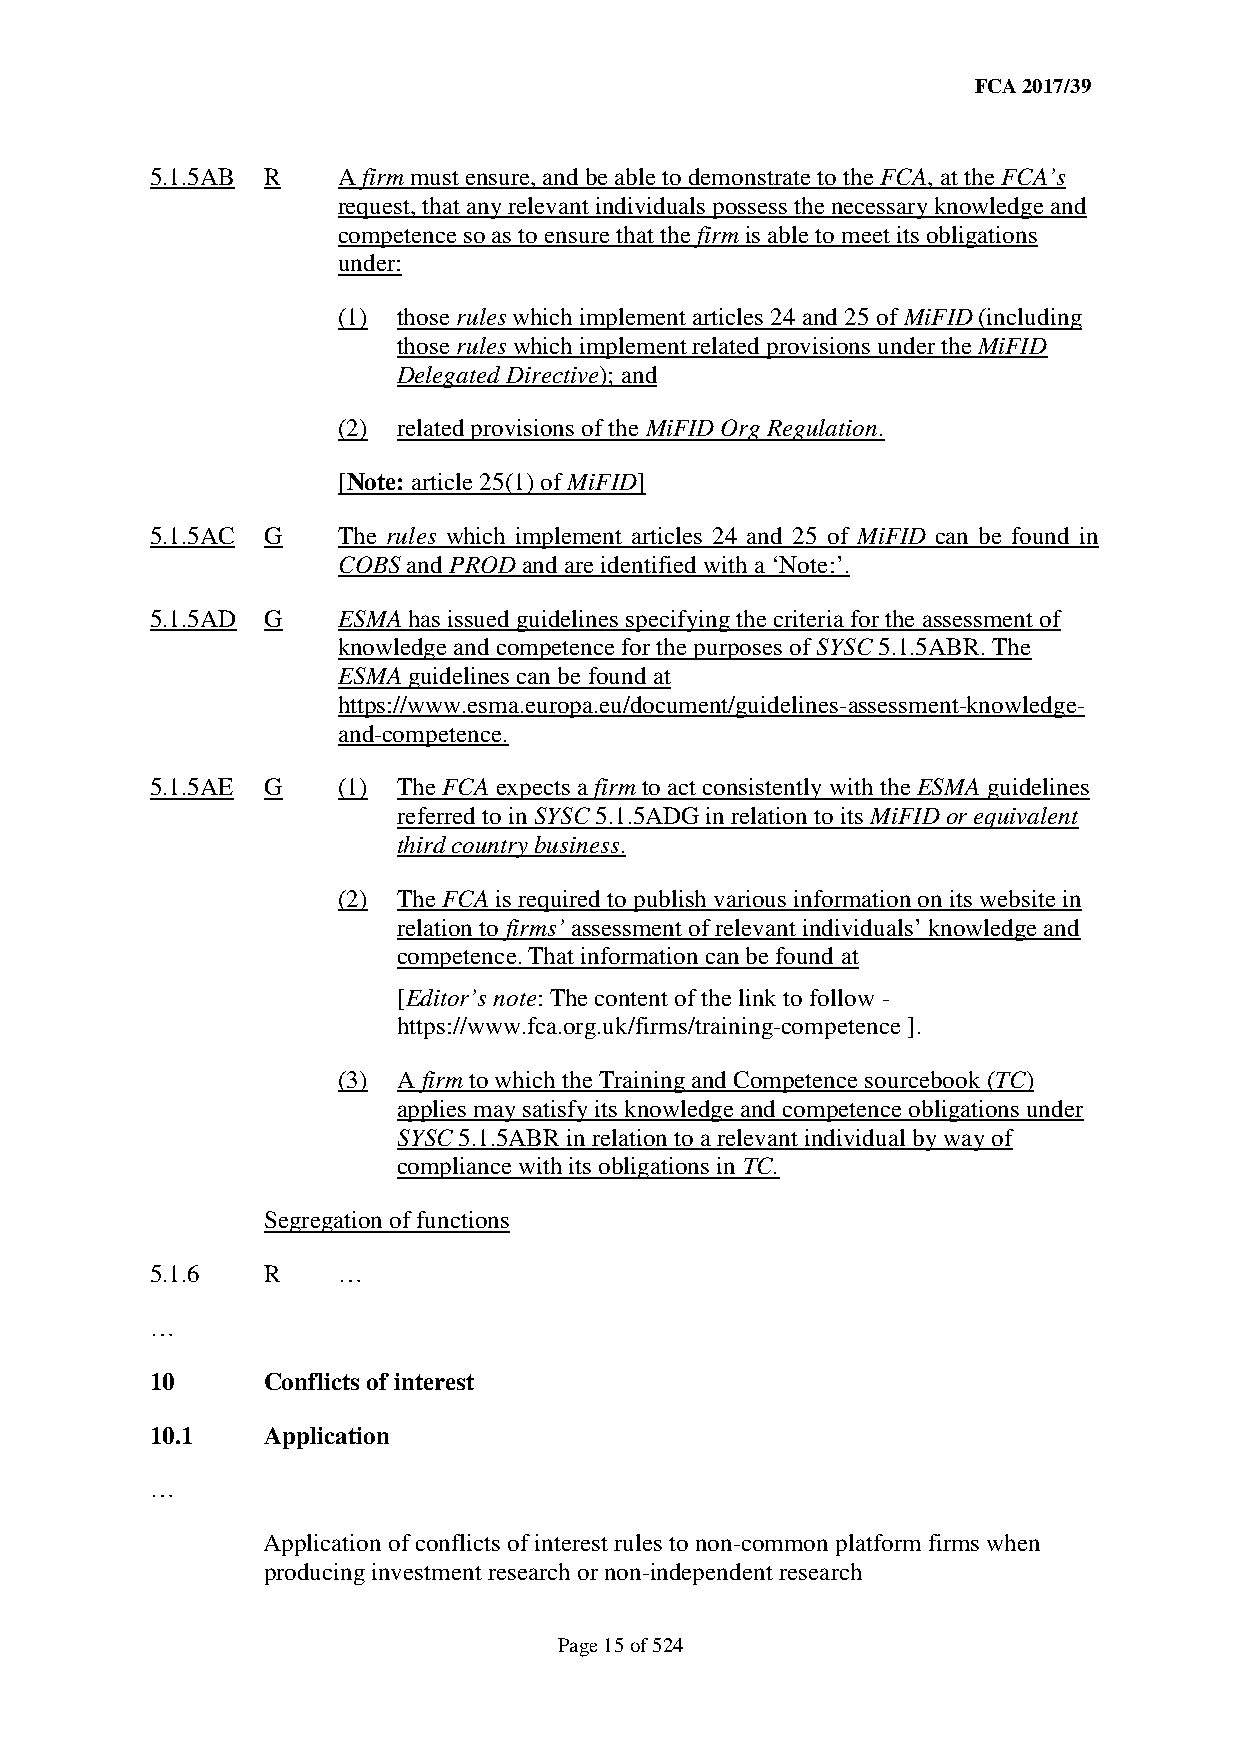
FCA 2017/39
 5.1.5AB R   A firm must ensure, and be able to demonstrate to the FCA, at the FCA’s
 request, that any relevant individuals possess the necessary knowledge and
 competence so as to ensure that the firm is able to meet its obligations
 under:
 (1) those rules which implement articles 24 and 25 of MiFID (including
 those rules which implement related provisions under the MiFID
 Delegated Directive); and
 (2) related provisions of the MiFID Org Regulation.
 [Note: article 25(1) of MiFID]
 5.1.5AC G   The rules which implement articles 24 and 25 of MiFID can be found in
 COBS and PROD and are identified with a ‘Note:’.
 5.1.5AD G   ESMA has issued guidelines specifying the criteria for the assessment of
 knowledge and competence for the purposes of SYSC 5.1.5ABR. The
 ESMA guidelines can be found at
 https://www.esma.europa.eu/document/guidelines-assessment-knowledge-
 and-competence.
 5.1.5AE G   (1) The FCA expects a firm to act consistently with the ESMA guidelines
 referred to in SYSC 5.1.5ADG in relation to its MiFID or equivalent
 third country business.
 (2) The FCA is required to publish various information on its website in
 relation to firms’ assessment of relevant individuals’ knowledge and
 competence. That information can be found at
 [Editor’s note: The content of the link to follow -
 https://www.fca.org.uk/firms/training-competence ].
 (3) A firm to which the Training and Competence sourcebook (TC)
 applies may satisfy its knowledge and competence obligations under
 SYSC 5.1.5ABR in relation to a relevant individual by way of
 compliance with its obligations in TC.
 Segregation of functions
 5.1.6  R    …
 …
 10     Conflicts of interest
 10.1   Application
 …
 Application of conflicts of interest rules to non-common platform firms when
 producing investment research or non-independent research
 Page 15 of 524